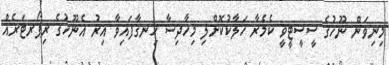
މިނިވަން ނޫހުގެ ސީސީޓީވީ ކެމެރާ ހަލާކުކޮށްލި މިހާދިސާ ހިނގާފައިވާ އިރު އެނޫހުގެ ރިޕޯރޓަރެއް